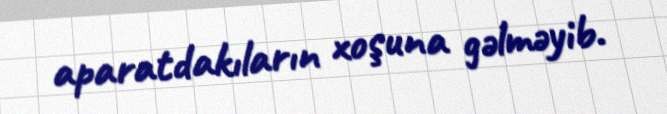
aparatdakıların xoşuna gəlməyib.